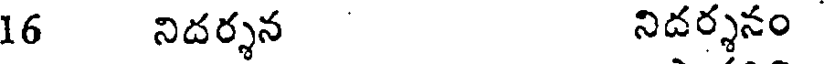
16 నిదర్శన నిదర్శనం